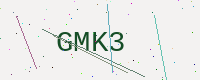
Text: GMK3